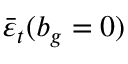
\bar { \varepsilon } _ { t } ( b _ { g } = 0 )